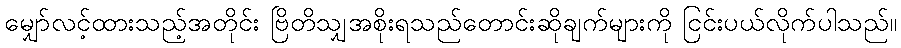
မျှော်လင့်ထားသည့်အတိုင်း ဗြိတိသျှအစိုးရသည်တောင်းဆိုချက်များကို ငြင်းပယ်လိုက်ပါသည်။